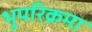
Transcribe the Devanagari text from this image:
भूपरिक्रमा